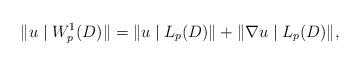
LaTeX: \begin{align*}\|u\mid W^1_p(D)\|=\| u\mid L_p(D)\|+\|\nabla u\mid L_p(D)\|,\end{align*}